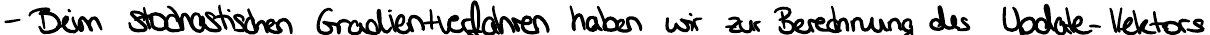
- Beim stochastischen Gradientenverfahren haben wir zur Berechnung des Update-Vektors